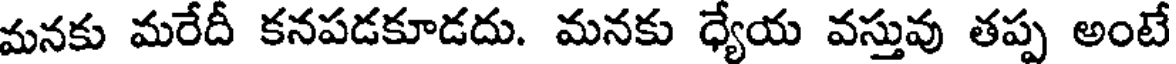
మనకు మరేదీ కనపడకూడదు. మనకు ధ్యేయ వస్తువు తప్ప అంటే